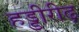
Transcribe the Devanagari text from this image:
हड्डीरीढ़